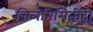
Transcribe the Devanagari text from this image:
चित्रनिर्मितीही